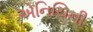
એનિચિની